Medical and sanitary report of the native army of Bengal for the year
Year: 1875
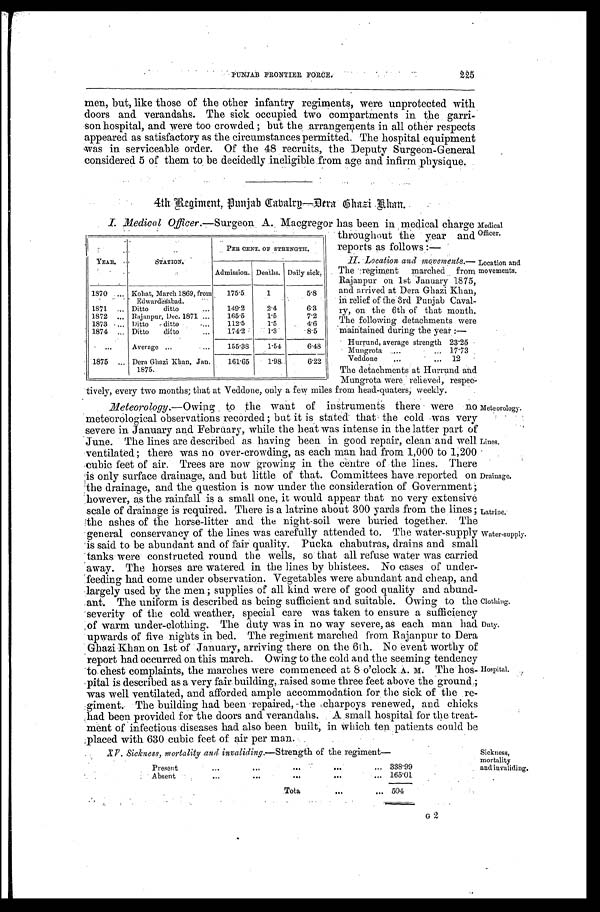
PUNJAB FRONTIER FORCE.
2 2 5
men, but, like those of the other infantry regiments, were unprotected with
doors and verandahs. The sick occupied two compartments in the garri
-son hospital, and were too crowded; but the arrangements in all other respects
appeared as satisfactory as the circumstances permitted. The hospital equipment
was in serviceable order. Of the 48 recruits, the Deputy Surgeon-General
considered 5 of them to be decidedly ineligible from age and infirm physique.
4th Regiment, Punjab Gabalrp—Dera Gh
a z i K h a n .
I . M e d i c a l O
f f i c e r . — S u r g e o n A . M a c g r e g o r h a s b e e n i n , m e d i c a l c h a r g e
throughout the year and
reports as follows:—
11. Location and movements.—
The regiment marched from
Rajanpur on Ist January 1875,
and arrived at Dera Ghazi Khan,
in relief of the 3rd Punjab Caval
- r y , o n t h e 6 t h o f t h a t m o n t h .
The following detachments were
maintained
the year:—
Hurrund, average strength 23.25
Mungrota
17.73
Veddone
12
The detachments at Hurrund and
Mungrota were relieved, respec
-tively, every two months; that at Veddone, only a fey miles from head-quaters, weekly.
Meteorology. —Owing to the want of instruments there were no
meteorological observations recorded; but it is stated that the cold was very
severe in January and February, while the heat was intense in the latter part of
June. The lines are described as having been in good repair, clean and well
ventilated; there was no over-crowding, as each man had from 1,000 to 1,200
cubic feet of air. Trees are now growing in the centre of the lines. There
is only surface drainage, and but little of that Committees have reported on
the drainage, and the question is now under the consideration of Government;
however, as the rainfall is a small one, it would appear that no very extensive
scale of drainage is required. There is a latrine about 300 yards from the lines;
the ashes of the horse-litter and the night-soil were buried together. The
general conservancy of the lines was carefully attended to. The water-supply
is said to be abundant and of fair quality. Pucka chabutras, drains and small
tanks were constructed round the wells, so that all refuse water was carried
away. The horses are watered in the lines by bhistees. No cases of under
-feeding had come under observation. Vegetables were abundant and cheap, and
largely used by the men; supplies of all kind were of good quality and abund
-ant. The uniform is described as being sufficient and suitable. Owing to the
severity of the cold weather, special care was taken to ensure a sufficiency
of warm under-clothing. The duty was in no way severe, as each man had
upwards of five nights in bed. The regiment marched from Rajanpur to Dera
Ghazi Khan on 1st of January, arriving there on the 6th. No event worthy of
report had. occurred on this march. Owing to the cold and the seeming tendency
to chest complaints, the marches were commenced at 8 o'clock A. M. The hos
-pital is described as a very fair building, raised some three feet above the ground;
was well ventilated, and afforded ample accommodation for the sick of the re
- giment. The building had been repaired, the charpoys renewed, and chicks
,had been provided for the doors and verandahs. A small hospital for the treat
-ment of infectious diseases had also been built, in which ten patients could be
placed with 630 cubic feet of air per man.
YEAR.
S T A T I O N .
PER CENT. OF STRENGTH.
Admission. Deaths. Daily sick.
1870
Kohat, March 1869, from
Edwardesabad.
175.5. 1
5.8
1871
Ditto ditto
149.2
2.4
6.3
1872
Rajanpur, Dec. 1871
165.5
1.5
7.2
1873
Ditto ditto
112.5
1.5
4.6
1874
Ditto ditto
174.2
1.3
8.5
Average
155.38 1.54
6.48
1875
Dera Ghazi Khan, Jan.
1875.
161.65 1.98
6.22
Medical
Officer.
Location and
movements.
Meteorology.
Lines.
Drainage.
Latrine.'
Water-supply.
Clothing.
Duty.
Hospital.
XV. Sickness, mortality and invaliding .—Strength of the regiment—
P r e s e n t .
3 3 8 . 9 9
Absent
1 6 5 . 0 1
Total
504
Sickness,
mortality
and invaliding.
G 2